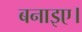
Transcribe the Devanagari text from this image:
बनाइए।